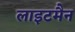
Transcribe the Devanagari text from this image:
लाइटमैन